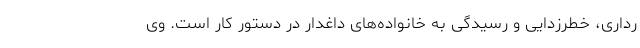
رداری، خطرزدایی و رسیدگی به خانواده‌های داغدار در دستور کار است. وی